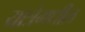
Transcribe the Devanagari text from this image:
यात्रेमधील